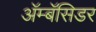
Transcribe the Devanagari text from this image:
अॅम्बॅसिडर